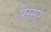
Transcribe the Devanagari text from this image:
प्रेस्सुर